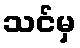
သင်မှ